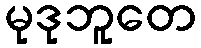
မုဒုဘူတေ